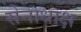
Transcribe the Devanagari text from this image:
सेनाधाक्ष